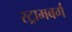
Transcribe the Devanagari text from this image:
स्ट्रामबर्ग